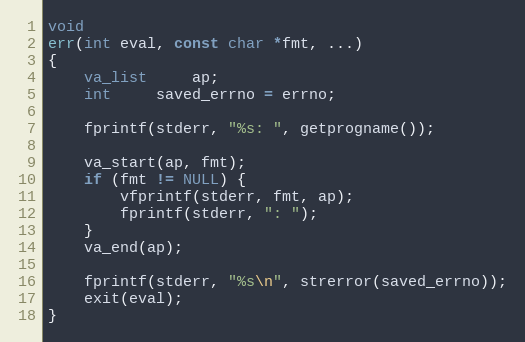
Language: C
void
err(int eval, const char *fmt, ...)
{
	va_list	 ap;
	int	 saved_errno = errno;

	fprintf(stderr, "%s: ", getprogname());

	va_start(ap, fmt);
	if (fmt != NULL) {
		vfprintf(stderr, fmt, ap);
		fprintf(stderr, ": ");
	}
	va_end(ap);

	fprintf(stderr, "%s\n", strerror(saved_errno));
	exit(eval);
}